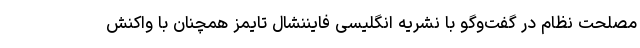
مصلحت نظام در گفت‌وگو با نشریه انگلیسی فایننشال تایمز همچنان با واکنش